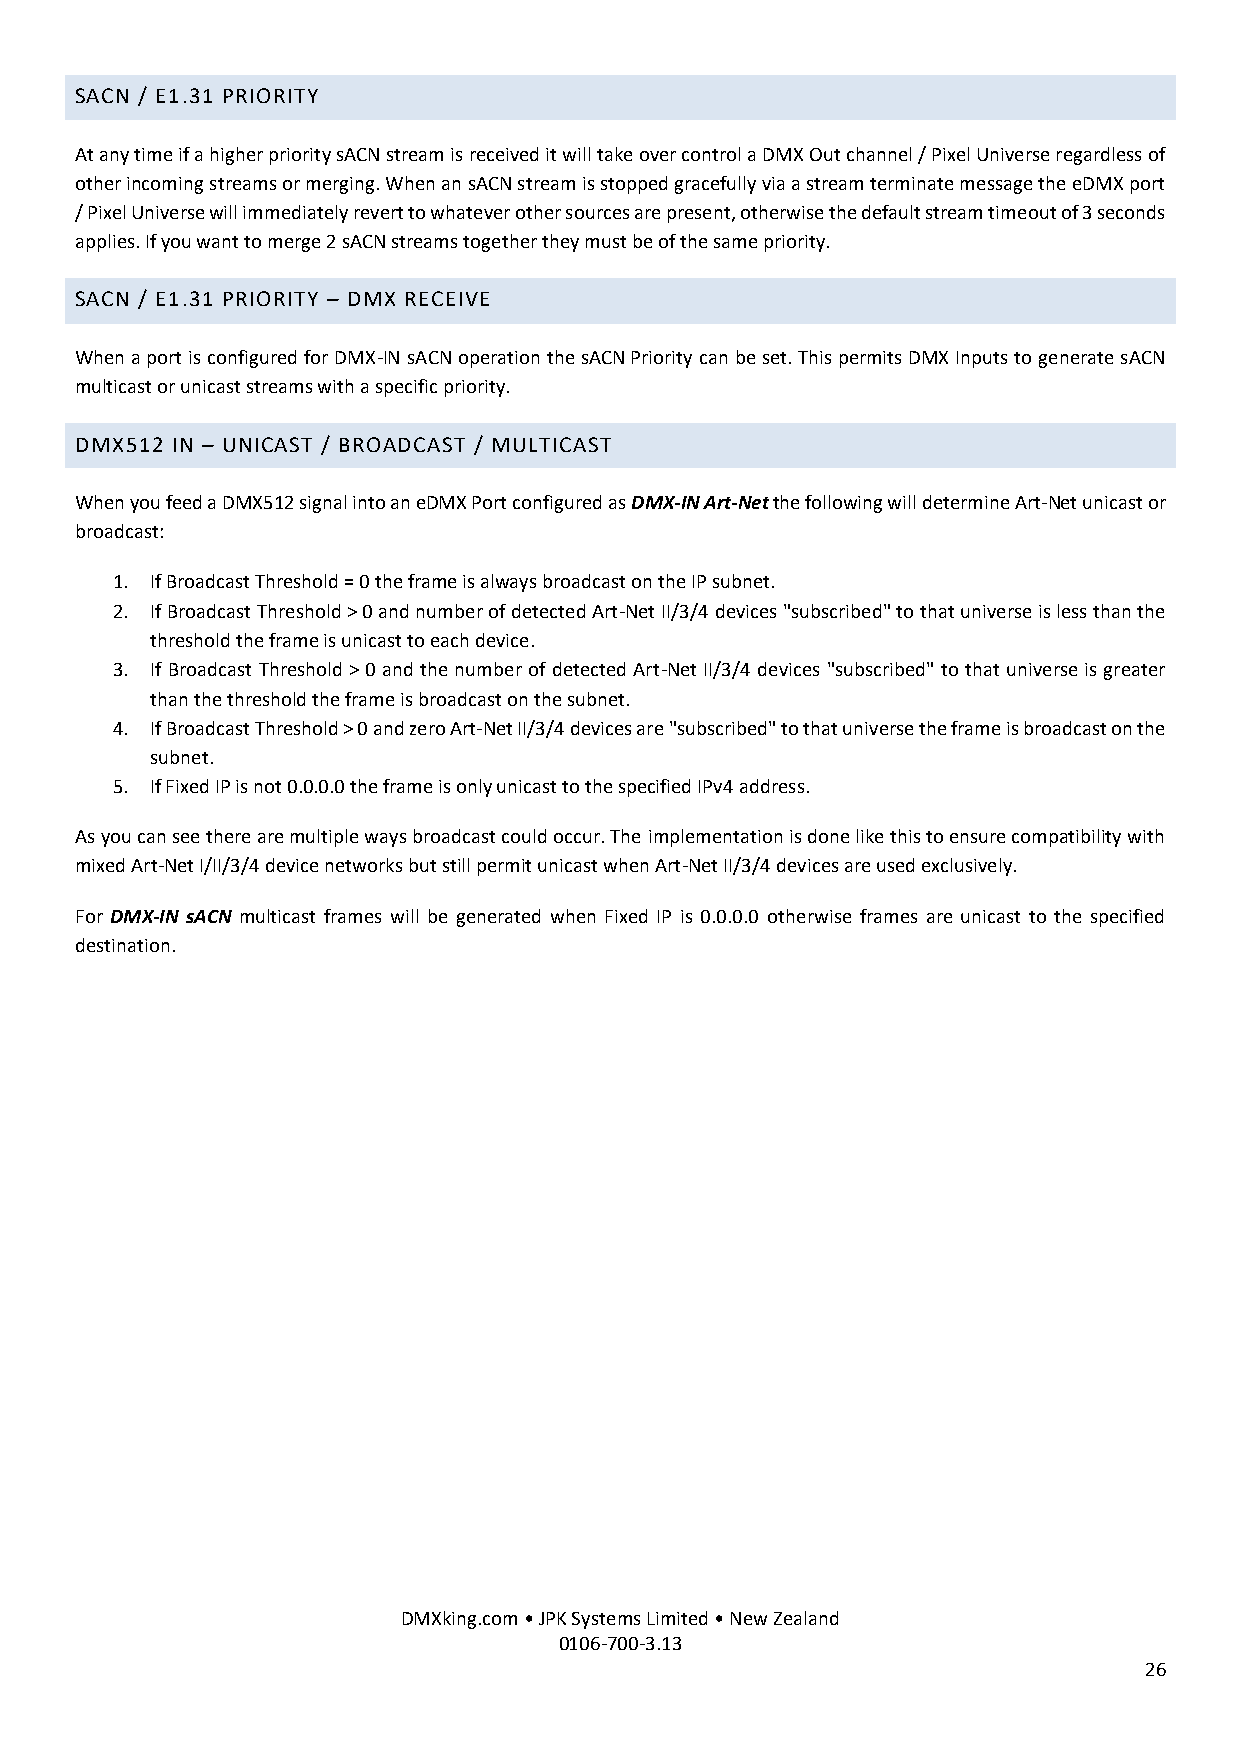
SACN / E1.31 PRIORITY
 At any time if a higher priority sACN stream is received it will take over control a DMX Out channel / Pixel Universe regardless of
 other incoming streams or merging. When an sACN stream is stopped gracefully via a stream terminate message the eDMX port
 / Pixel Universe will immediately revert to whatever other sources are present, otherwise the default stream timeout of 3 seconds
 applies. If you want to merge 2 sACN streams together they must be of the same priority.
 SACN / E1.31 PRIORITY – DMX RECEIVE
 When a port is configured for DMX-IN sACN operation the sACN Priority can be set. This permits DMX Inputs to generate sACN
 multicast or unicast streams with a specific priority.
 DMX512 IN – UNICAST / BROADCAST / MULTICAST
 When you feed a DMX512 signal into an eDMX Port configured as DMX-IN Art-Net the following will determine Art-Net unicast or
 broadcast:
 1. If Broadcast Threshold = 0 the frame is always broadcast on the IP subnet.
 2. If Broadcast Threshold > 0 and number of detected Art-Net II/3/4 devices "subscribed" to that universe is less than the
 threshold the frame is unicast to each device.
 3. If Broadcast Threshold > 0 and the number of detected Art-Net II/3/4 devices "subscribed" to that universe is greater
 than the threshold the frame is broadcast on the subnet.
 4. If Broadcast Threshold > 0 and zero Art-Net II/3/4 devices are "subscribed" to that universe the frame is broadcast on the
 subnet.
 5. If Fixed IP is not 0.0.0.0 the frame is only unicast to the specified IPv4 address.
 As you can see there are multiple ways broadcast could occur. The implementation is done like this to ensure compatibility with
 mixed Art-Net I/II/3/4 device networks but still permit unicast when Art-Net II/3/4 devices are used exclusively.
 For DMX-IN sACN multicast frames will be generated when Fixed IP is 0.0.0.0 otherwise frames are unicast to the specified
 destination.
 DMXking.com • JPK Systems Limited • New Zealand
 0106-700-3.13
 26